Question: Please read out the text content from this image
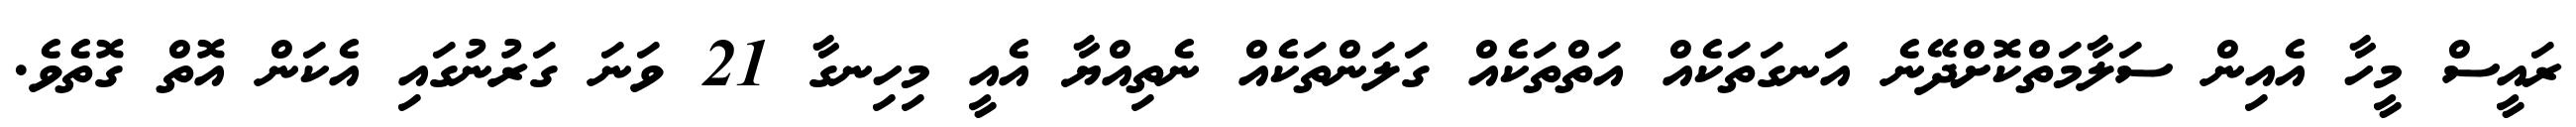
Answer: ރައީސް މީހާ އެއިން ސަލާމަތްކޮށްދޭނެ އަނގަތަކެއް އަތްތަކެއް ގަލަންތަކެއް ނެތިއްޔާ އެއީ މިހިނގާ 21 ވަނަ ގަރުނުގައި އެކަން އޮތް ގޮތެވެ.